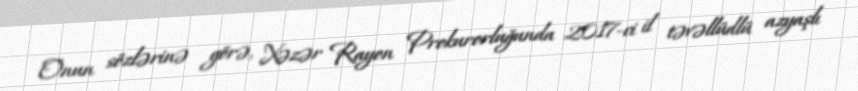
Onun sözlərinə görə, Xəzər Rayon Prokurorluğunda 2017-ci il təvəllüdlü azyaşlı